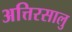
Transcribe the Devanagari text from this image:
अत्तिरसालु